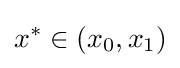
x^{*}\in \left(x_{0},x_{1}\right)